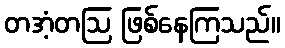
တအံ့တဩ ဖြစ်နေကြသည်။